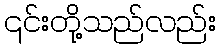
၎င်းတို့သည်လည်း